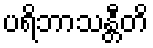
ပရိဘာသန္တီတိ